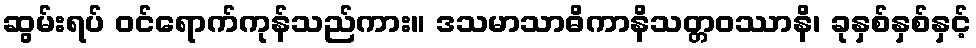
ဆွမ်းရပ် ဝင်ရောက်ကုန်သည်ကား။ ဒသမာသာဓိကာနိသတ္တဝဿာနိ၊ ခုနှစ်နှစ်နှင့်